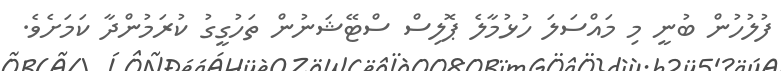
ފުލުހުން ބުނީ މި މައްސަލަ ހުޅުމާލެ ޕޮލިސް ސްޓޭޝަނުން ތަހުގީގު ކުރަމުންދާ ކަަމަށެވެ.